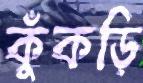
কুঁকড়ি